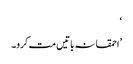
‘
’احمقانہ باتیں مت کرو۔